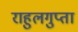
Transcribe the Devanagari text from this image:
राहुलगुप्ता